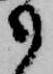
も